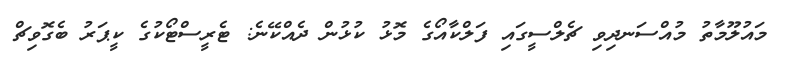
މައުލޫމާތު މުއްސަނދިވި ޗެލްސީގައި ފަލްކާއޯގެ މޮޅު ކުޅުން ދެއްކޭނެ: ޓެރީސްޓޯކުގެ ކީޕަރު ބެގޮވިޗް